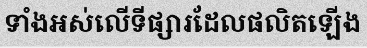
ទាំងអស់លើទីផ្សារដែលផលិតឡើង